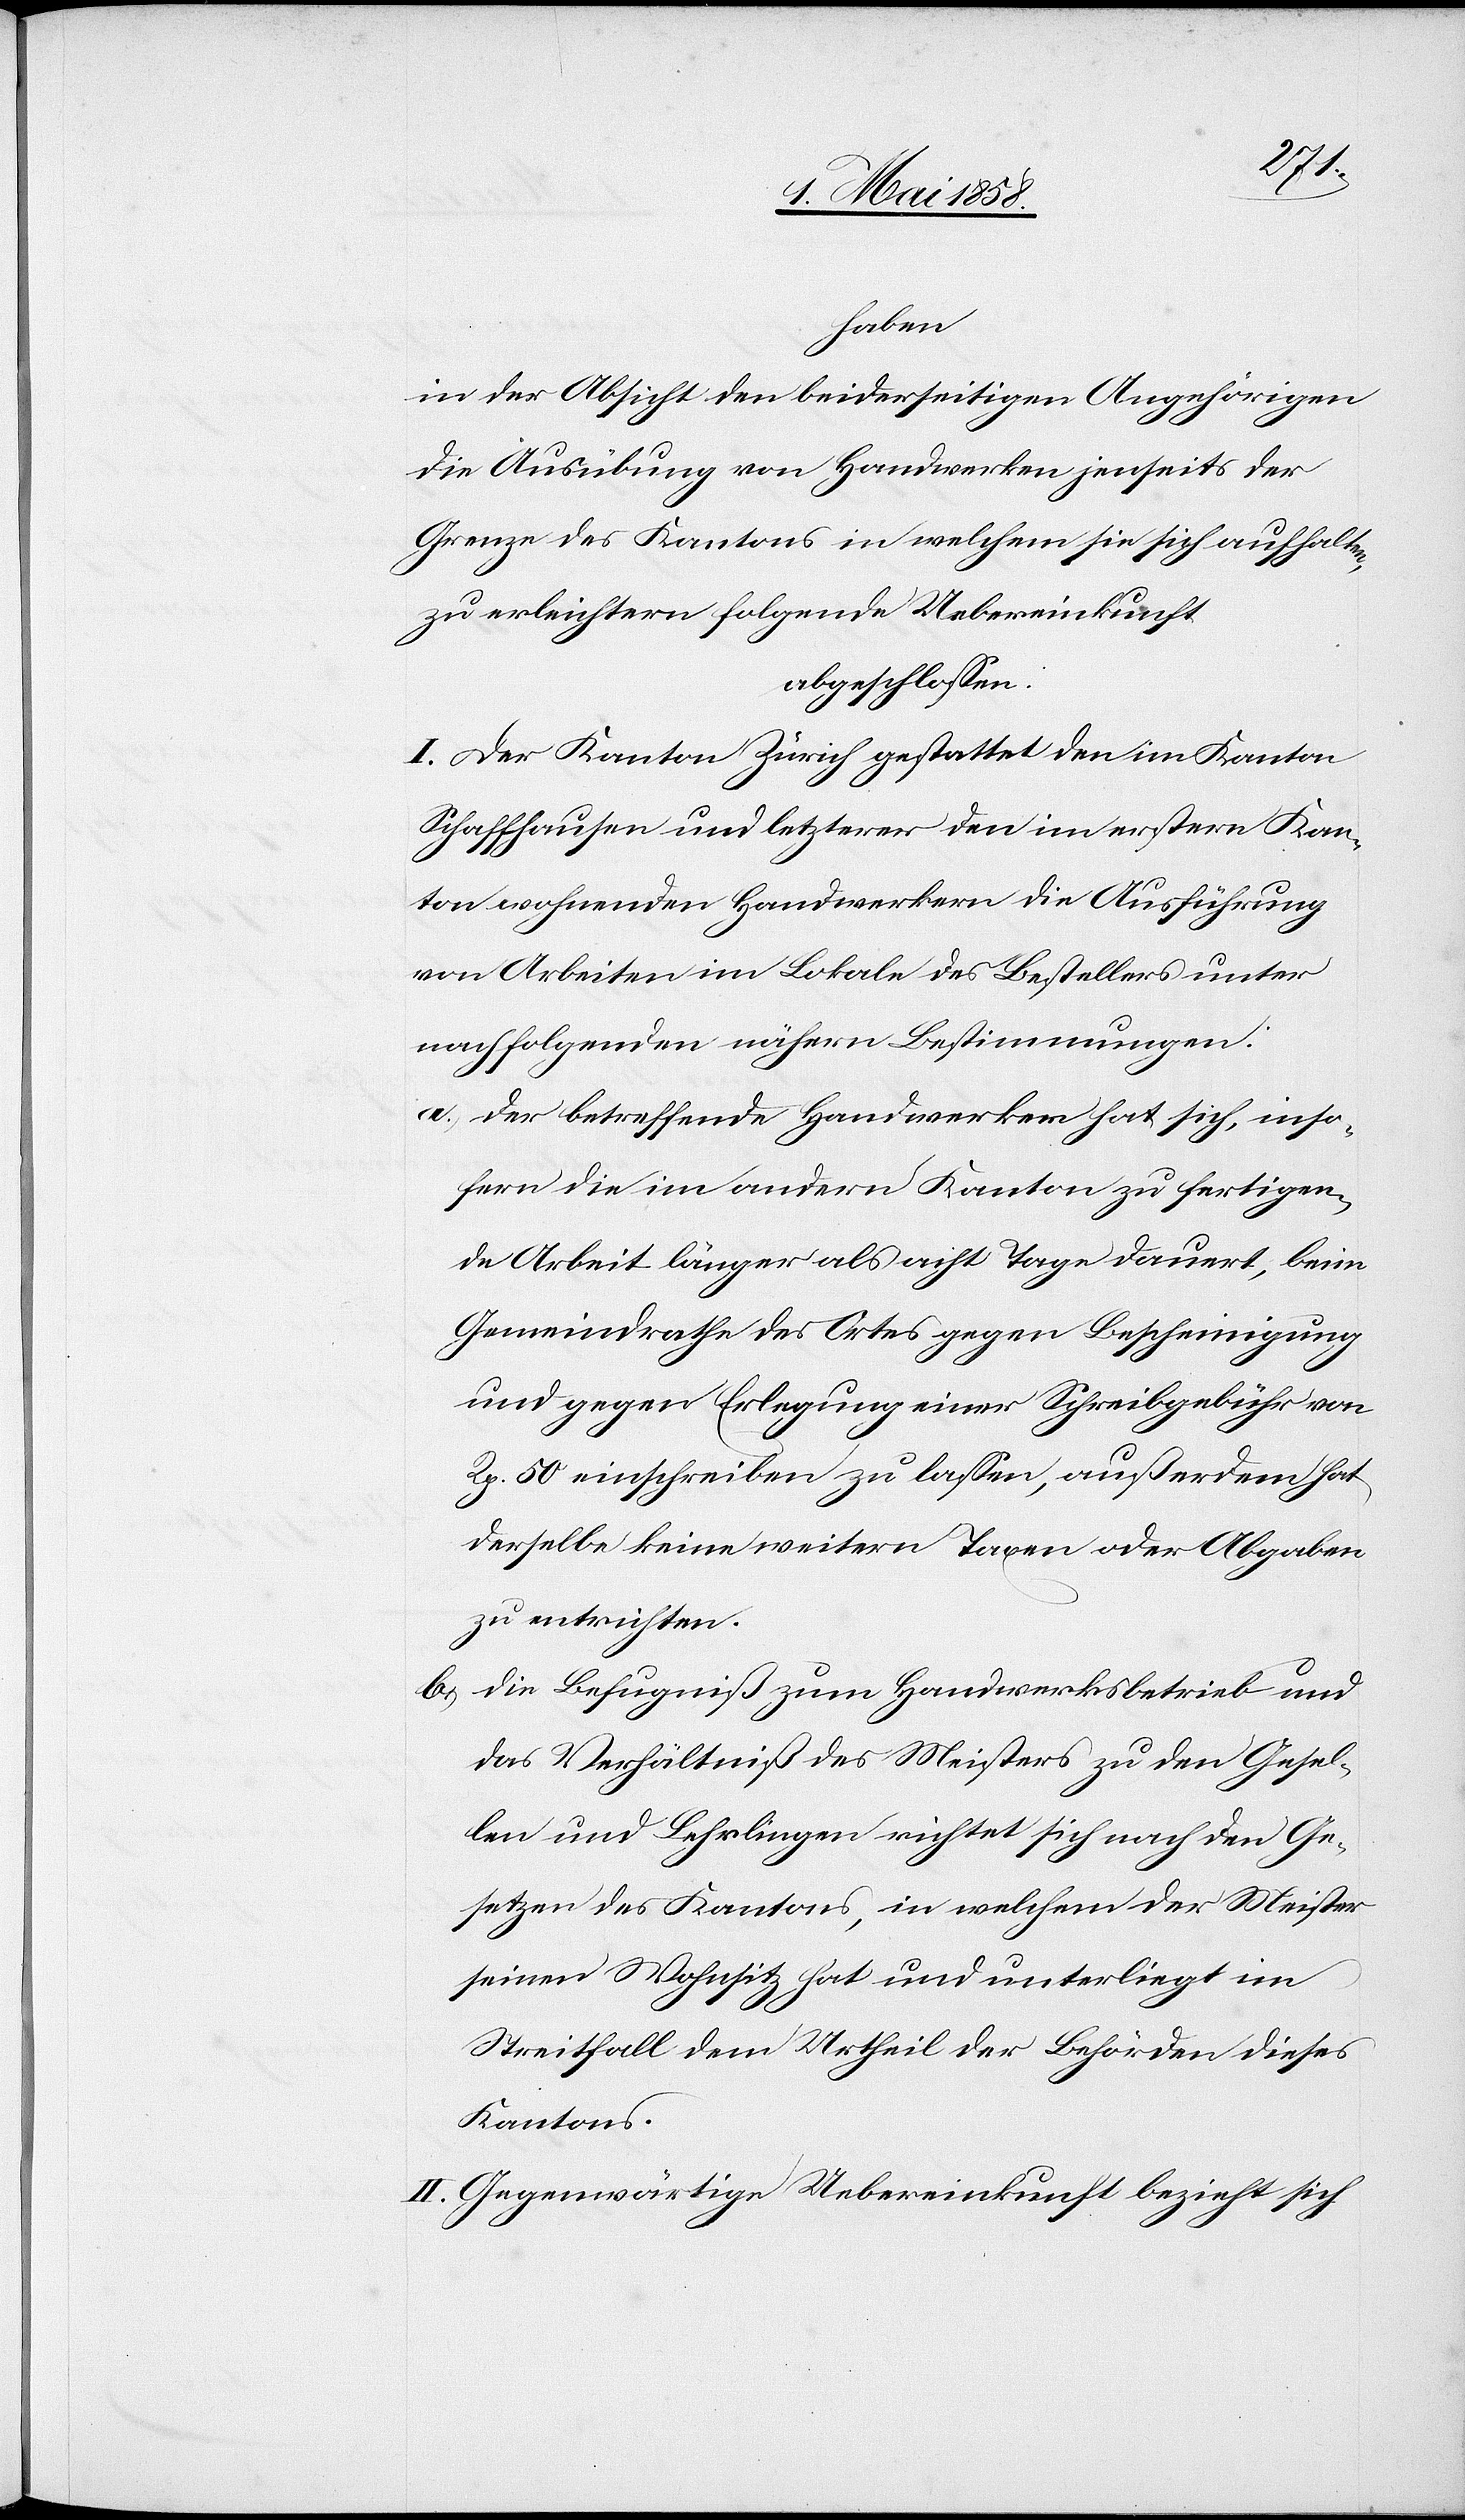
haben
in der Absicht den beiderseitigen Angehörigen
die Ausübung von Handwerken jenseits der
Grenze des Kantons in welchem sie sich aufhalten,
zu erleichtern folgende Uebereinkunft
abgeschlossen:
I. Der Kanton Zürich gestattet den im Kanton
Schaffhausen und letzterer den im erstern Kan¬
ton wohnenden Handwerkern die Ausführung
von Arbeiten im Lokale des Bestellers unter
nachfolgenden nähern Bestimmungen:
a.) Der betreffende Handwerker hat sich, inso¬
fern die im andern Kanton zu fertigen¬
de Arbeit länger als acht Tage dauert, beim
Gemeindrathe des Ortes gegen Bescheinigung
und gegen Erlegung einer Schreibgebühr von
Rp. 50 einschreiben zu lassen, außerdem hat
derselbe keine weitern Taxen oder Abgaben
zu entrichten.
b.) Die Befugniß zum Handwerksbetrieb und
das Verhältniß des Meisters zu den Gesel¬
len und Lehrlingen richtet sich nach den Ge¬
setzen des Kantons, in welchem der Meister
seinen Wohnsitz hat und unterliegt im
Streitfall dem Urheil der Behörden dieses
Kantons.
II. Gegenwärtige Uebereinkunft bezieht sich